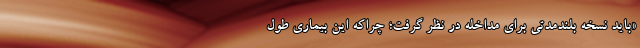
«باید نسخه بلندمدتی برای مداخله در نظر گرفت؛ چراکه این بیماری طول